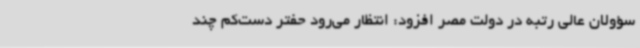
سؤولان عالی رتبه در دولت مصر افزود: انتظار می‌رود حفتر دست‌کم چند